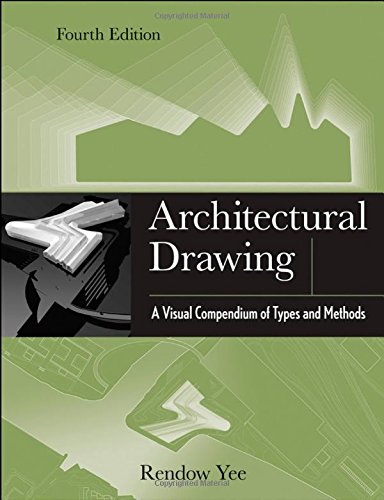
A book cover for Architectural Drawing: A Visual Compendium of Types and Methods; Rendow Yee; Arts & Photography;